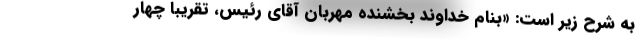
به شرح زیر است: «بنام خداوند بخشنده مهربان آقای رئیس، تقریباً چهار